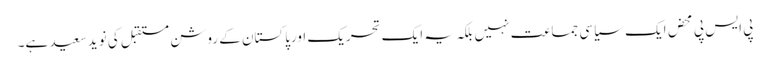
پی ایس پی محض ایک سیاسی جماعت نہیں بلکہ یہ ایک تحریک اورپاکستان کے روشن مستقبل کی نویدسعید ہے۔